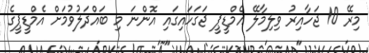
މިރޭ 10 ޖަހާއިރު ވިލިމާލޭ އެމްޑީޕީ ޖަގަހައިގައި އޮންނަ މި ބައްދަލުވުމަށް އެމްޑީޕީގެ